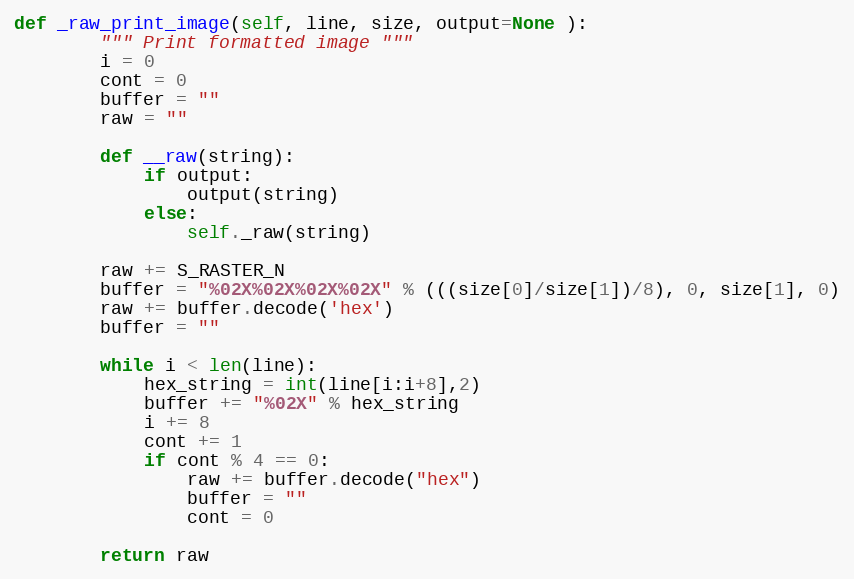
Language: Python
def _raw_print_image(self, line, size, output=None ):
        """ Print formatted image """
        i = 0
        cont = 0
        buffer = ""
        raw = ""

        def __raw(string):
            if output:
                output(string)
            else:
                self._raw(string)

        raw += S_RASTER_N
        buffer = "%02X%02X%02X%02X" % (((size[0]/size[1])/8), 0, size[1], 0)
        raw += buffer.decode('hex')
        buffer = ""

        while i < len(line):
            hex_string = int(line[i:i+8],2)
            buffer += "%02X" % hex_string
            i += 8
            cont += 1
            if cont % 4 == 0:
                raw += buffer.decode("hex")
                buffer = ""
                cont = 0

        return raw